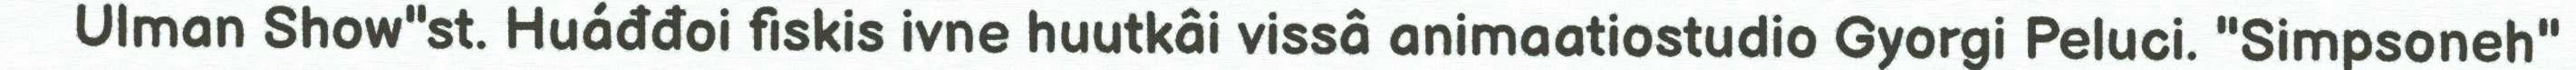
Ulman Show"st. Huáđđoi fiskis ivne huutkâi vissâ animaatiostudio Gyorgi Peluci. "Simpsoneh"